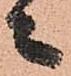
々